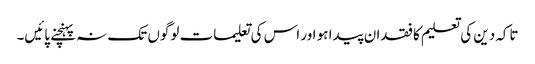
تاکہ دین کی تعلیم کا فقدان پیدا ہو اور اس کی تعلیمات لوگوں تک نہ پہنچنے پائیں۔